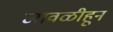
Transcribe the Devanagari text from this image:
जावळीहून